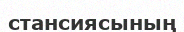
стансиясының